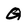
Character: Q